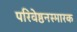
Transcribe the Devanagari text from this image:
परिवेष्ठनस्मारक